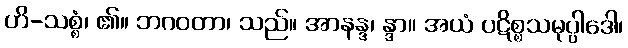
ဟိ-သစ္စံ၊ ၏။ ဘဂဝတာ၊ သည်။ အာနန္ဒ၊ န္ဒာ။ အယံ ပဋိစ္စသမုပ္ပါဒေါ၊